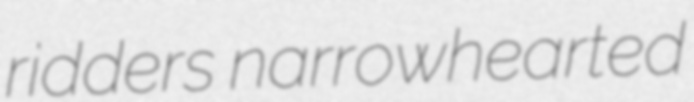
ridders narrowhearted